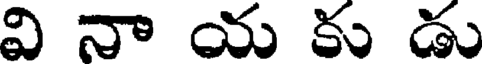
వి నా య కు డు